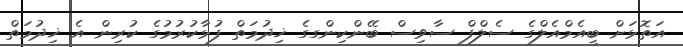
އަތޮޅަށް ބީއެމްއެލްގެ ސެލްފް ސާވިސް ބޭންކިންގގެ ޚިދުމަތް ފުޅާކުރުމުގެ ކުރިން އެ ޚިދުމަތް